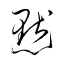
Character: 默